Vaccination in the Punjab 1883-1896 - 1883-1896
Year: 1883
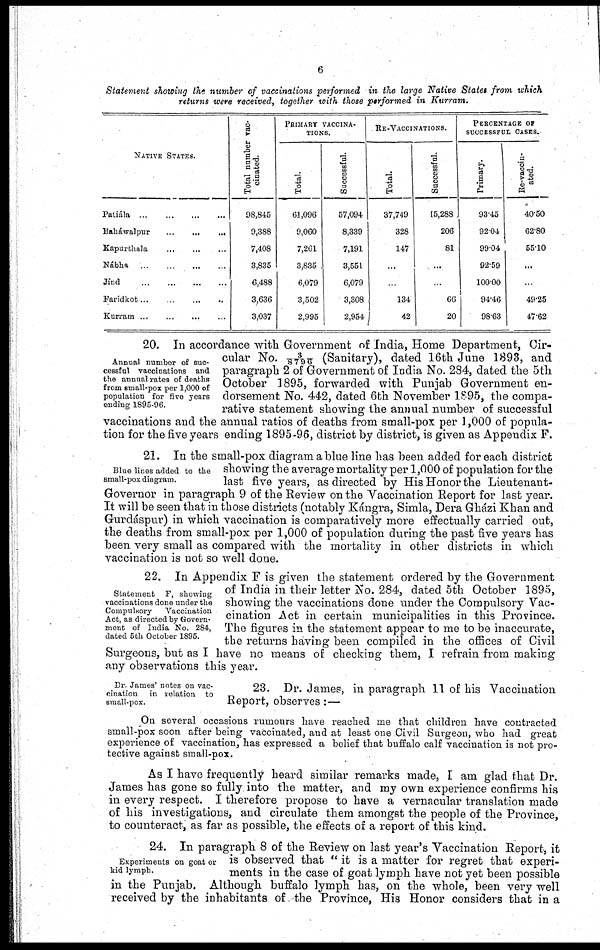
6
Statement showing the number of vaccinations performed in the large Native States from which
returns were received, together with those performed in Kurram,
NATIVE STATES.
Patiála ... ... ... ...
Baháwalpur
...
...
...
Kapurthala
...
...
...
Nábha
...
...
...
...
Jínd
...
...
...
...
Farídkot
...
...
...
...
Kurram
...
...
...
...
Total number vac-
cinated.
98,845
9,388
7,408
3,835
6,488
3,636
3,037
PRIMARY VACCINA-
-----.
Total.
61,096
9,060
7,261
3,835 .
6,079
3,502
2,995
Successful.
57,094
8,339
7,191
3,551
6,079
3,308
2,954
RE-VACCINATIONS.
Total.
37,749
328
147
...
...
134
42
Successful.
15,288
206
81
...
...
66
20
PERCENTAGE OF
SUCCESSFUL CASES.
Primary.
93.45
92.04
99.04
92.59
100.00
94.46
98.63
Re-vaccin-
ated.
40.50
62.80
55.10
...
...
49.25
47.62
Annual number of suc-
cessful vaccinations and
the annual rates of deaths
from small-pox per 1,000 of
population for five years
ending 1895-96.
20. In accordance with Government of India, Home Department, Cir-
cular No. 3/8796 (Sanitary), dated 16th June 1893, and
paragraph 2 of Government of India No. 284, dated the 5th
October 1895, forwarded with Punjab Government en-
dorsement No. 442, dated 6th November 1895, the compa-
rative statement showing the annual number of successful
vaccinations and the annual ratios of deaths from small-pox per 1,000 of popula-
tion for the five years ending 1895-96, district by district, is given as Appendix F.
Blue lines added to the
small-pox diagram.
21. In the small-pox diagram a blue line has been added for each district
showing the average mortality per 1,000 of population for the
last five years, as directed by His Honor the Lieutenant-
Governor in paragraph 9 of the Review on the Vaccination Report for last year.
It will be seen that in those districts (notably Kángra, Simla, Dera Gházi Khan and
Gurdáspur) in which vaccination is comparatively more effectually carried out,
the deaths from small-pox per 1,000 of population during the past five years has
been very small as compared with the mortality in other districts in which
vaccination is not so well done.
Statement F, showing
vaccinations done under the
Compulsory
Vaccination
Act, as directed by Govern-
ment of India No. 284,
dated 5th October 1895.
22. In Appendix F is given the statement ordered by the Government
of India in their letter No. 284, dated 5th October 1895,
showing the vaccinations done under the Compulsory Vac-
cination Act in certain municipalities in this Province.
The figures in the statement appear to me to be inaccurate,
the returns having been compiled in the offices of Civil
Surgeons, but as I have no means of checking them, I refrain from making
any observations this year.
Dr. James' notes on vac-
cination
in relation to
small-pox.
23. Dr. James, in paragraph 11 of his Vaccination
Report, observes :—
On several occasions rumours have reached me that children have contracted
small-pox soon after being vaccinated, and at least one Civil Surgeon, who had great
experience of vaccination, has expressed a belief that buffalo calf vaccination is not pro-
tective against small-pox.
As I have frequently heard similar remarks made, I am glad that Dr.
James has gone so fully into the matter, and my own experience confirms his
in every respect. I therefore propose to have a vernacular translation made
of his investigations, and circulate them amongst the people of the Province,
to counteract, as far as possible, the effects of a report of this kind.
Experiments on goat or
kid lymph.
24. In paragraph 8 of the Review on last year's Vaccination Report, it
is observed that " it is a matter for regret that experi-
ments in the case of goat lymph have not yet been possible
in the Punjab. Although buffalo lymph has, on the whole, been very well
received by the inhabitants of the Province, His Honor considers that in a